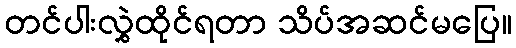
တင်ပါးလွှဲထိုင်ရတာ သိပ်အဆင်မပြေ။